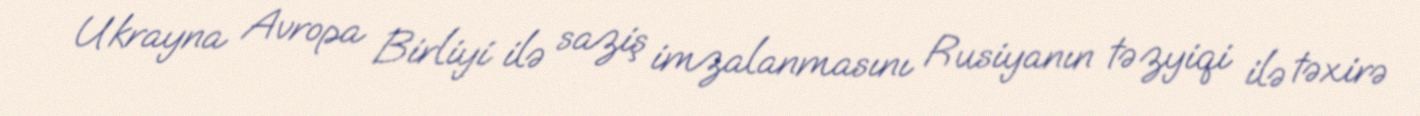
Ukrayna Avropa Birliyi ilə saziş imzalanmasını Rusiyanın təzyiqi ilə təxirə